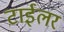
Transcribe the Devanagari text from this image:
टाईलर